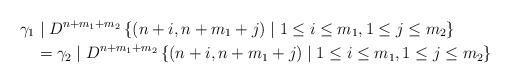
LaTeX: \begin{align*}\gamma_{1} & \mid D^{n+m_{1}+m_{2}}\left\{ \left( n+i,n+m_{1}+j\right)\mid1\leq i\leq m_{1},1\leq j\leq m_{2}\right\} \\& =\gamma_{2}\mid D^{n+m_{1}+m_{2}}\left\{ \left( n+i,n+m_{1}+j\right)\mid1\leq i\leq m_{1},1\leq j\leq m_{2}\right\}\end{align*}